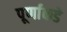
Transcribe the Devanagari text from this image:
पूर्णाकडे